Indian journal of veterinary science and animal husbandry - Volume 11,
Year: 1941
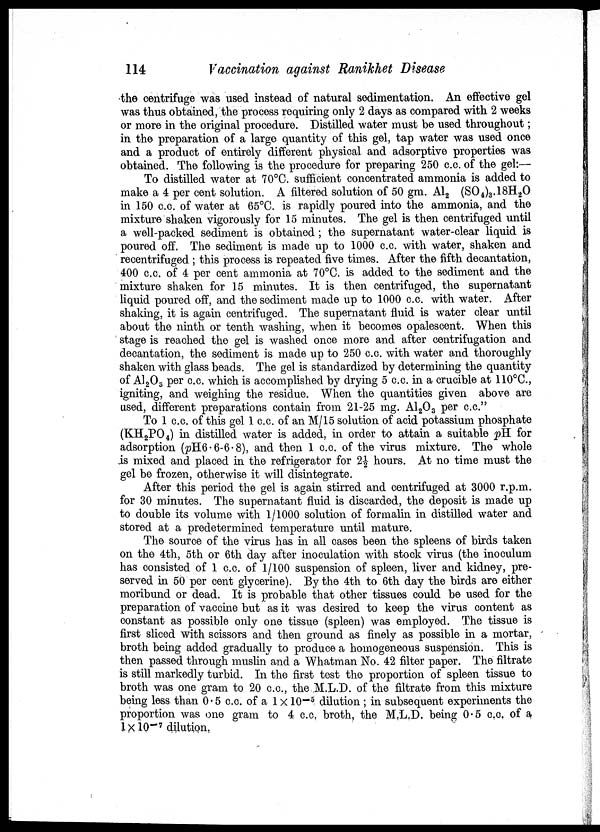
114
Vaccination against Ranikhet Disease
the centrifuge was used instead of natural sedimentation. An effective gel
was thus obtained, the process requiring only 2 days as compared with 2 weeks
or more in the original procedure. Distilled water must be used throughout;
in the preparation of a large quantity of this gel, tap water was used once
and a product of entirely different physical and adsorptive properties was
obtained. The following is the procedure for preparing 250 c.c. of the gel:—
To distilled water at 70°C. sufficient concentrated ammonia is added to
make a 4 per cent solution. A filtered solution of 50 gm. Al 2 (SO 4 ) 3 .18H 2 0
in 150 c.c. of water at 65°C. is rapidly poured into the ammonia, and the
mixture shaken vigorously for 15 minutes. The gel is then centrifuged until
a well-packed sediment is obtained; the supernatant water-clear liquid is
poured off. The sediment is made up to 1000 c.c. with water, shaken and
recentrifuged ; this process is repeated five times. After the fifth decantation,
400 c.c. of 4 per cent ammonia at 70°C. is added to the sediment and the
mixture shaken for 15 minutes. It is then centrifuged, the supernatant
liquid poured off, and the sediment made up to 1000 c.c. with water. After
shaking, it is again centrifuged. The supernatant fluid is water clear until
about the ninth or tenth washing, when it becomes opalescent. When this
stage is reached the gel is washed once more and after centrifugation and
decantation, the sediment is made up to 250 c.c. with water and thoroughly
shaken with glass beads. The gel is standardized by determining the quantity
of A1 2 0 3 per c.c. which is accomplished by drying 5 c.c. in a crucible at 110°C.,
igniting, and weighing the residue. When the quantities given above are
used, different preparations contain from 21-25 mg. A1 2 0 3 per c.c."
To 1 c.c. of this gel 1 c.c. of an M/15 solution of acid potassium phosphate
(KH 2 PO 4 ) in distilled water is added, in order to attain a suitable pH. for
adsorption (pH6.6-6.8), and then 1 c.c. of the virus mixture. The whole
is mixed and placed in the refrigerator for 2½ hours. At no time must the
gel be frozen, otherwise it will disintegrate.
After this period the gel is again stirred and centrifuged at 3000 r.p.m.
for 30 minutes. The supernatant fluid is discarded, the deposit is made up
to double its volume with 1/1000 solution of formalin in distilled water and
stored at a predetermined temperature until mature.
The source of the virus has in all cases been the spleens of birds taken
on the 4th, 5th or 6th day after inoculation with stock virus (the inoculum
has consisted of 1 c.c. of 1/100 suspension of spleen, liver and kidney, pre-
served in 50 per cent glycerine). By the 4th to 6th day the birds are either
moribund or dead. It is probable that other tissues could be used for the
preparation of vaccine but as it was desired to keep the virus content as
constant as possible only one tissue (spleen) was employed. The tissue is
first sliced with scissors and then ground as finely as possible in a mortar,
broth being added gradually to produce a homogeneous suspension. This is
then passed through muslin and a Whatman No. 42 filter paper. The filtrate
is still markedly turbid. In the first test the proportion of spleen tissue to
broth was one gram to 20 c.c., the M.L.D. of the filtrate from this mixture
being less than 0.5 c.c. of a 1 x 10 -5 dilution ; in subsequent experiments the
proportion was one gram to 4 c.c, broth, the M.L.D. being 0.5 c.c. of a
1 ×10 -7 dilution.